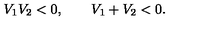
V _ { 1 } V _ { 2 } < 0 , \qquad V _ { 1 } + V _ { 2 } < 0 .